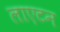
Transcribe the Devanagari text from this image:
लाएटन